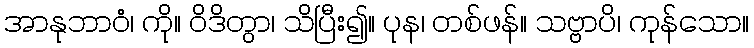
အာနုဘာဝံ၊ ကို။ ဝိဒိတွာ၊ သိပြီး၍။ ပုန၊ တစ်ဖန်။ သဗ္ဗာပိ၊ ကုန်သော။